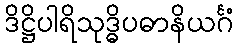
ဒိဋ္ဌိပါရိသုဒ္ဓိပဓာနိယင်္ဂံ